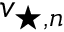
\boldsymbol { v } _ { \! \; \! \star , n }